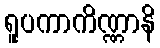
ရူပကာကိဏ္ဏာနိ